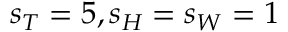
s _ { T } = 5 , s _ { H } = s _ { W } = 1